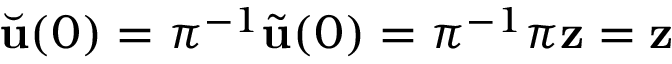
\Breve { \mathbf { u } } ( 0 ) = \pi ^ { - 1 } \tilde { \mathbf { u } } ( 0 ) = \pi ^ { - 1 } \pi \mathbf { z } = \mathbf { z }